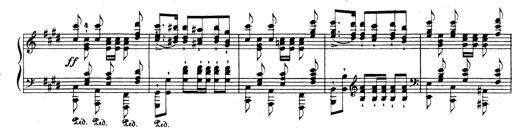
Title: Rhapsodie espagnole
Composer: Franz Liszt